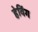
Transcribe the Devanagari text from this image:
हेविंग